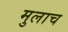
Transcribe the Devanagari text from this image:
मुलाच